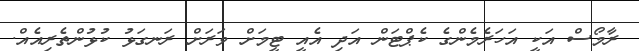
ރާމޯސް އަކީ އަހަރެމެންގެ ކެޕްޓަން އަދި އެއީ ޓީމަށް ވަރަށް ރަނގަޅު ކުޅުންތެރިއެއް.